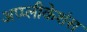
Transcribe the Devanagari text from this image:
अप्प्लीकेशंस